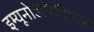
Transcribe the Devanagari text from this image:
इम्यूनोडेफिसिएंसी